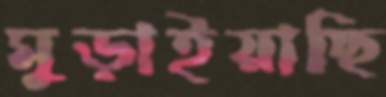
মুড়াইয়াছি